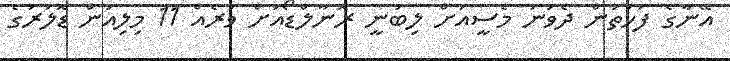
އޭނާގެ ފަހަތުން ދެވަނަ މެސީއަށް ލިބުނީ ރޮނާލްޑޯއަށް ވުރެއް 11 މިލިއަން ޑޮލަރުގެ